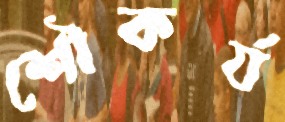
শৌকর্য